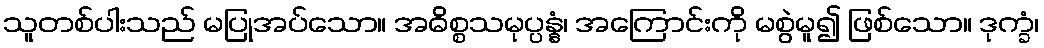
သူတစ်ပါးသည် မပြုအပ်သော။ အဓိစ္စသမုပ္ပန္နံ၊ အကြောင်းကို မစွဲမူ၍ ဖြစ်သော။ ဒုက္ခံ၊